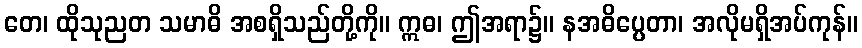
တေ၊ ထိုသုညတ သမာဓိ အစရှိသည်တို့ကို။ ဣဓ၊ ဤအရာ၌။ နအဓိပ္ပေတာ၊ အလိုမရှိအပ်ကုန်။